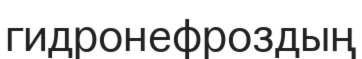
гидронефроздың